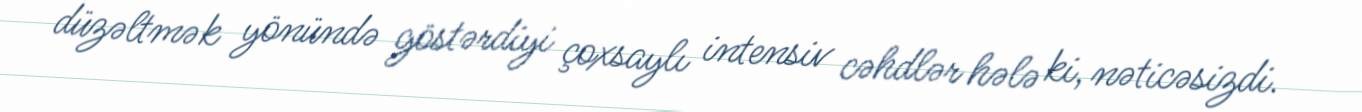
düzəltmək yönündə göstərdiyi çoxsaylı intensiv cəhdlər hələ ki, nəticəsizdi.